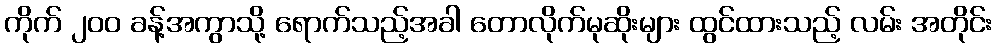
ကိုက် ၂၀၀ ခန့်အကွာသို့ ရောက်သည့်အခါ တောလိုက်မုဆိုးများ ထွင်ထားသည့် လမ်း အတိုင်း